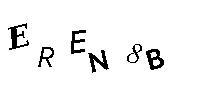
EREN8B